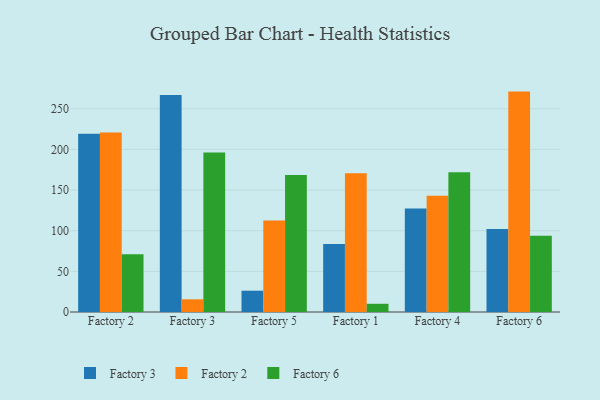
{"axis": {"x": "Factory", "y": "Latency (ms)"}, "legend": ["Factory 2", "Factory 3", "Factory 6"], "data": [{"x": "Factory 2", "y": 219.2, "type": "Factory 3"}, {"x": "Factory 2", "y": 220.9, "type": "Factory 2"}, {"x": "Factory 2", "y": 71.0, "type": "Factory 6"}, {"x": "Factory 3", "y": 266.8, "type": "Factory 3"}, {"x": "Factory 3", "y": 15.6, "type": "Factory 2"}, {"x": "Factory 3", "y": 196.2, "type": "Factory 6"}, {"x": "Factory 5", "y": 26.2, "type": "Factory 3"}, {"x": "Factory 5", "y": 112.6, "type": "Factory 2"}, {"x": "Factory 5", "y": 168.5, "type": "Factory 6"}, {"x": "Factory 1", "y": 83.6, "type": "Factory 3"}, {"x": "Factory 1", "y": 170.6, "type": "Factory 2"}, {"x": "Factory 1", "y": 10.1, "type": "Factory 6"}, {"x": "Factory 4", "y": 127.3, "type": "Factory 3"}, {"x": "Factory 4", "y": 142.9, "type": "Factory 2"}, {"x": "Factory 4", "y": 171.9, "type": "Factory 6"}, {"x": "Factory 6", "y": 102.0, "type": "Factory 3"}, {"x": "Factory 6", "y": 271.1, "type": "Factory 2"}, {"x": "Factory 6", "y": 93.9, "type": "Factory 6"}]}